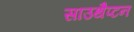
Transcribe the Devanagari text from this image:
साउथैप्टन